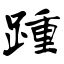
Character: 踵